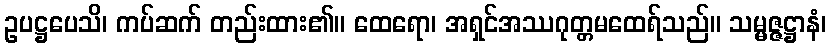
ဥပဋ္ဌပေသိ၊ ကပ်ဆက် တည်းထား၏။ ထေရော၊ အရှင်အဿဂုတ္တမထေရ်သည်။ သမ္မဇ္ဇဋ္ဌာနံ၊